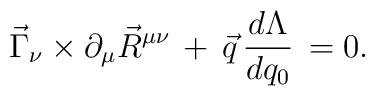
\vec{\Gamma}_\nu \times \partial_\mu \vec{R}^{\mu \nu}\, + \, \vec{q} \, \frac{d \Lambda}{d q_0} \, = 0 .